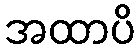
အထာပိ